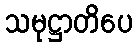
သမုဋ္ဌာတိပေ